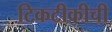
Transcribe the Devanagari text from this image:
टिकटीकीची